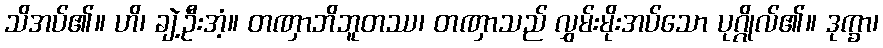
သိအပ်၏။ ဟိ၊ ချဲ့ဦးအံ့။ တဏှာဘိဘူတဿ၊ တဏှာသည် လွှမ်းမိုးအပ်သော ပုဂ္ဂိုလ်၏။ ဒုက္ခာ၊